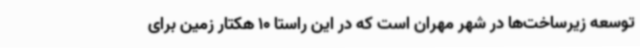
توسعه زیرساخت‌ها در شهر مهران است که در این راستا 10 هکتار زمین برای